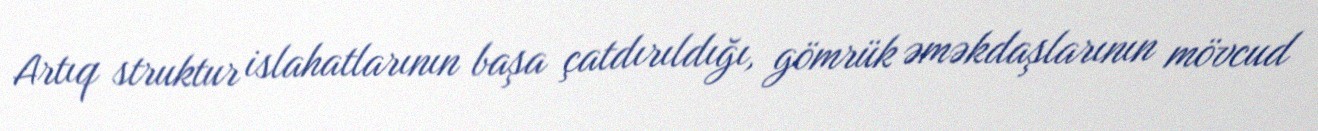
Artıq struktur islahatlarının başa çatdırıldığı, gömrük əməkdaşlarının mövcud